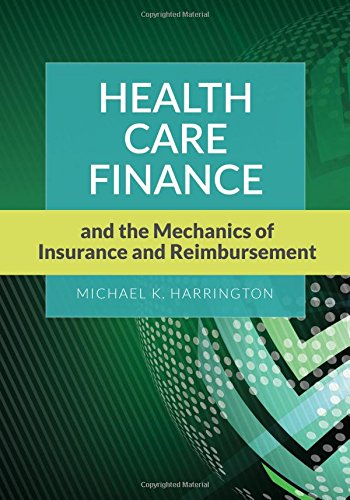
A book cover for Health Care Finance And The Mechanics Of Insurance And Reimbursement; Michael K. Harrington; Medical Books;